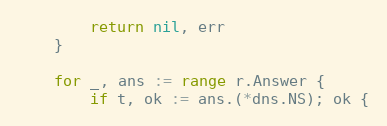
Language: Go
		return nil, err
	}

	for _, ans := range r.Answer {
		if t, ok := ans.(*dns.NS); ok {